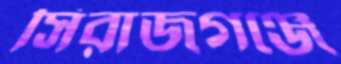
সিরাজগঞ্জে